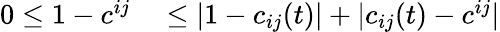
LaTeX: \begin{array}{rl}{0\leq 1-c^{ij}}&{{}\leq|1-c_{ij}(t)|+|c_{ij}(t)-c^{ij}|}\end{array}